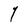
Character: Y